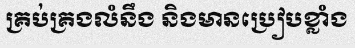
គ្រប់គ្រងលំនឹង និងមានប្រៀបខ្លាំង